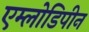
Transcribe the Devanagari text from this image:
एम्लोडिपीन